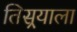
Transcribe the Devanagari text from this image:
तिसर्‍याला